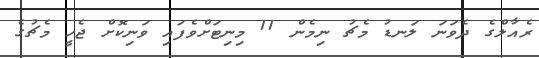
ރެއާލްގެ ދެވަނަ ލަނޑު މެޗު ނިމެން 11 މިނިޓަށްވެފައި ވަނިކޮށް ޖެހީ މެޗުގެ